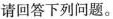
请回答下列问题。